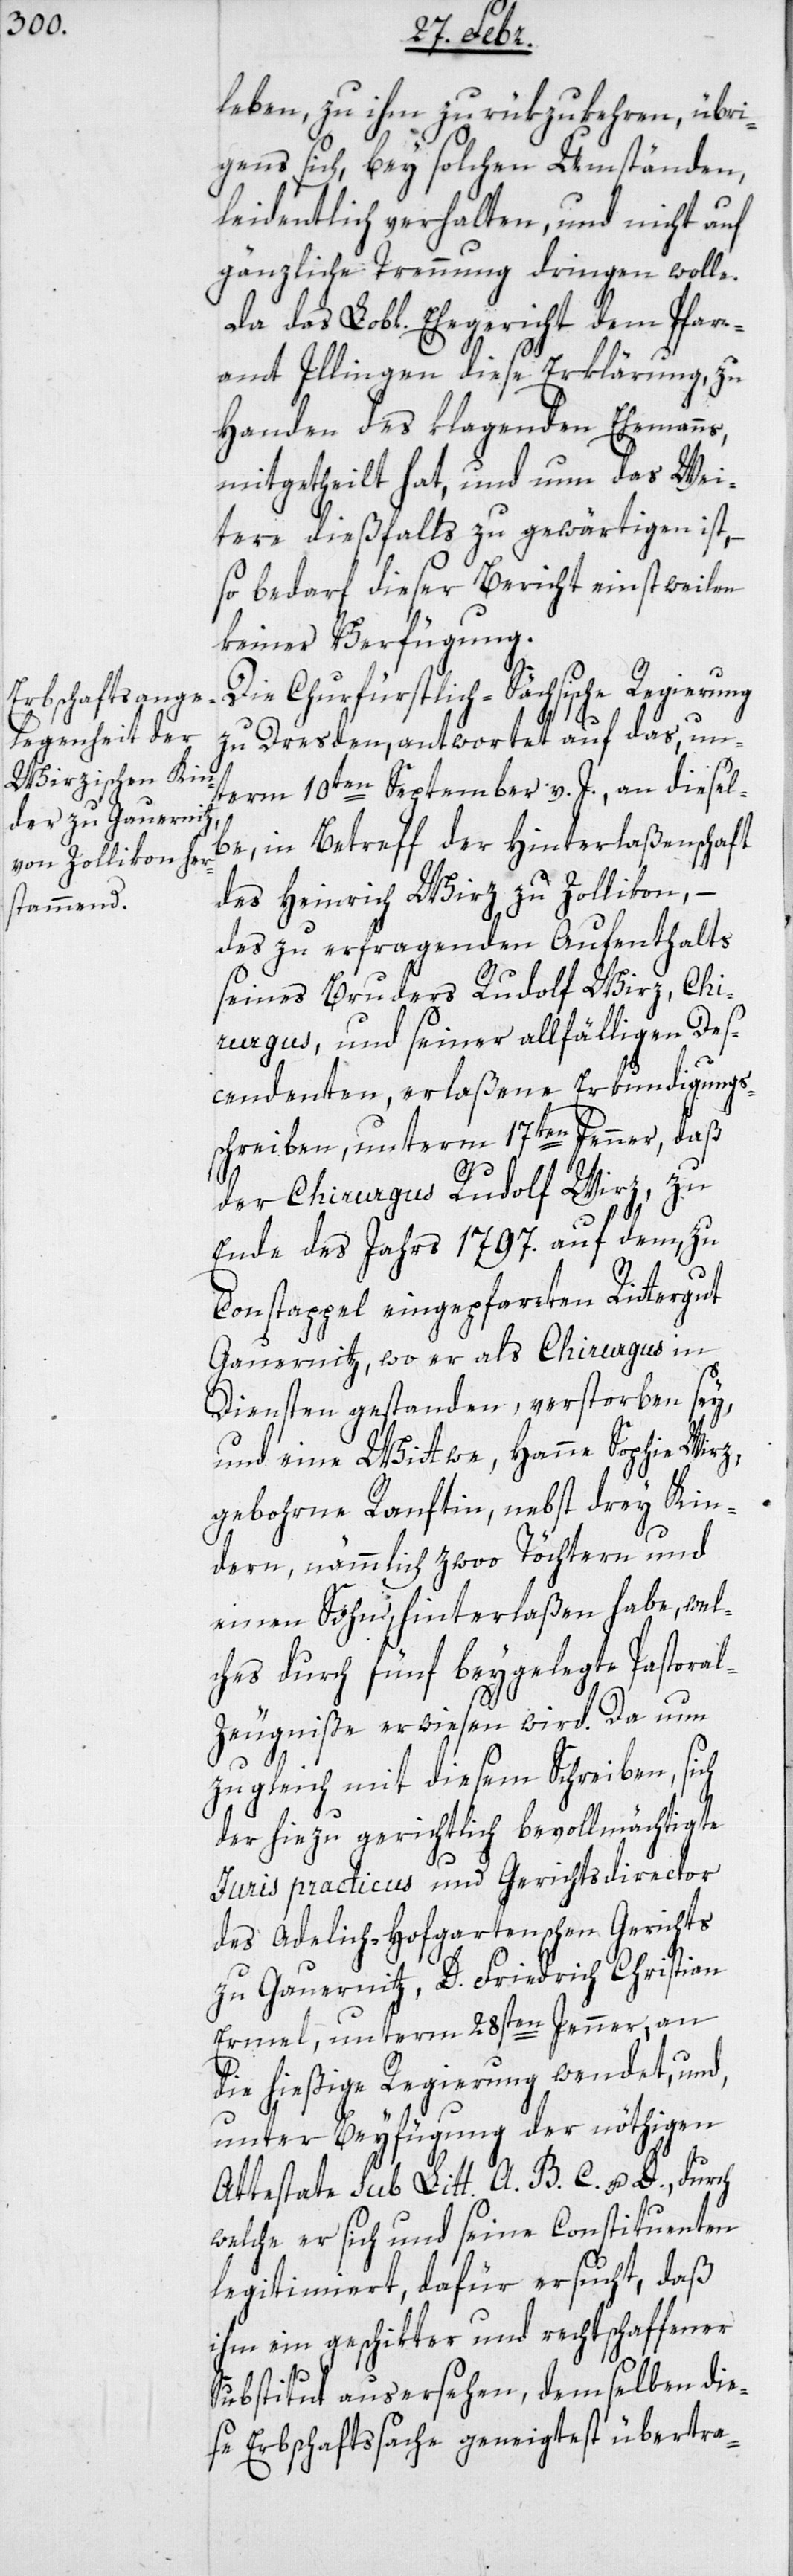
leben, zu ihm zurükzukehren, übri¬
gens sich, bey solchen Umständen,
leidentlich verhalten, und nicht auf
gänzliche Trennung dringen wolle.
Da das Lobl. Ehegericht dem Pfarr¬
amt Illingen diese Erklärung, zu
Handen des klagenden Ehemanns,
mitgetheilt hat, und nun das Wei¬
tere dießfalls zu gewärtigen ist,
so bedarf dieser Bericht einstweilen
keiner Verfügung.
Die Churfürstlich-Sächsiche Regierung
zu Dresden, antwortet auf das, un¬
term 10ten September v. J. an diesel¬
be, in Betreff der Hinterlaßenschaft
des Heinrich Wirz zu Zollikon, –
des zu erfragenden Aufenthalts
seines Bruders Rudolf Wirz, Chi¬
rurgus, um seiner allfälligen Des¬
cendenten, erlaßene Erkundigungs¬
schreiben, unterm 17ten Jenner, daß
der Chirurgus Rudolf Wirz, zu
Ende des Jahrs 1797. auf dem, zu
Constappel eingepfarrten Rittergut
Gauernitz, wo er als Chirurgus in
Diensten gestanden, verstorben sey,
und eine Wittwe, Hanne Sophie Wirz,
gebohrne Ranftin, nebst drey Kin¬
deren, nämmlich zwoo Töchtern und
einen Sohn, hinterlaßen habe, wel¬
ches durch fünf beygelegte Pastora¬
l-Zeugniße erwiesen wird. Da nun
zugleich mit diesem Schreiben, sich
der hiezu gerichtlich bevollmächtigte
Juris practicus und Gerichtsdirector
des Adelich-Hofgartenschen-Gerichts
zu Gauernitz, D. Friedrich Christian
Ermel, unterm 28sten Jenner, an
die hießige Regierung wendet, und,
unter Beyfügung der nöthigen
Attestate sub Litt. A, B, C u. D., durch
welche er sich und seine Constituenten
legitimiert, dafür ersucht, daß
ihm ein geschikter und rechtschaffener
Substitut ausersehen, demselben die¬
se Erbschaftssache geneigtest übertra-